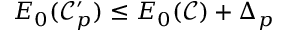
E _ { 0 } ( \mathcal { C } _ { p } ^ { \prime } ) \leq E _ { 0 } ( \mathcal { C } ) + \Delta _ { p }